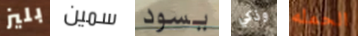
بليز سمين يسود وذكي الحمله